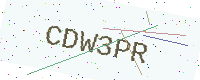
Text: CDW3PR